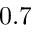
0 . 7